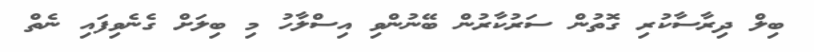
ބިލް ދިރާސާކުރި ގޮތުން ސަރުކާރުން ބޭނުންވި އިސްލާހު މި ބިލަށް ގެނެވިފައި ނެތް